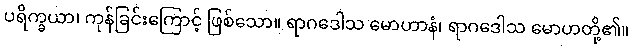
ပရိက္ခယာ၊ ကုန်ခြင်းကြောင့် ဖြစ်သော။ ရာဂဒေါသ မောဟာနံ၊ ရာဂဒေါသ မောဟတို့၏။